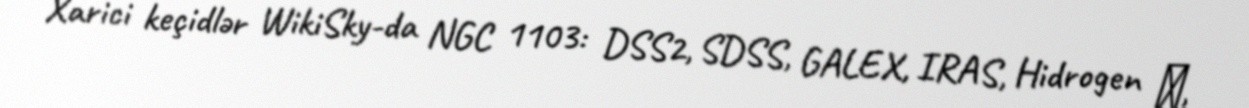
Xarici keçidlər WikiSky-da NGC 1103: DSS2, SDSS, GALEX, IRAS, Hidrogen α,